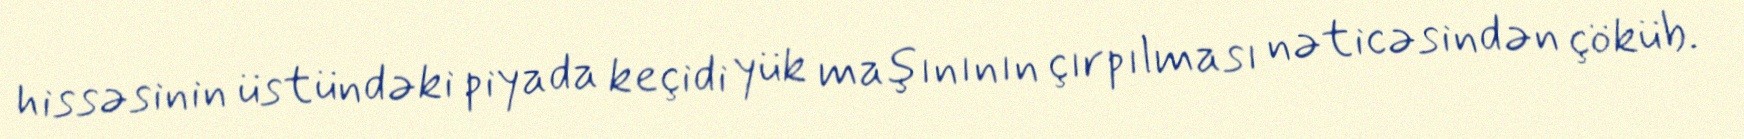
hissəsinin üstündəki piyada keçidi yük maşınının çırpılması nəticəsindən çöküb.